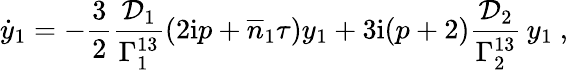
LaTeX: \dot{y}_{1}=-\frac{3}{2}\frac{\mathcal{D}_{1}}{\Gamma_{1}^{13}}\left(2\mathrm{i}p+\overline{{n}}_{1}\tau\right)y_{1}+3\mathrm{i}(p+2)\frac{\mathcal{D}_{2}}{\Gamma_{2}^{13}}\, y_{1}\ ,